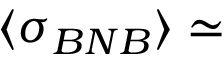
\langle \sigma _ { B N B } \rangle \simeq